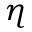
\eta